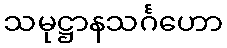
သမုဋ္ဌာနသင်္ဂဟော